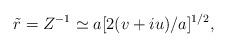
LaTeX: \begin{align*}\tilde r = Z^{-1} \simeq a[2(v+iu)/a]^{1/2},\end{align*}